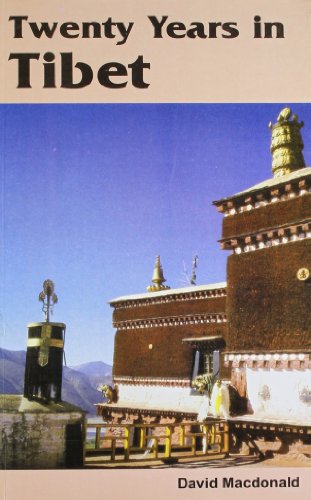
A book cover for Twenty Years in Tibet; David MacDonald; Travel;